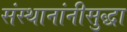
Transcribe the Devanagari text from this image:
संस्थानांनीसुद्धा